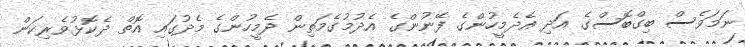
ނަމަވެސް ބިގްބޮސްގެ އަދި އެދެމީހުންގެ ފޭނުންގެ އެދުމުގެމަތިން ދެމީހުންގެ މެދުގައި އޮތް ދެކޮޅުވެރިކަން